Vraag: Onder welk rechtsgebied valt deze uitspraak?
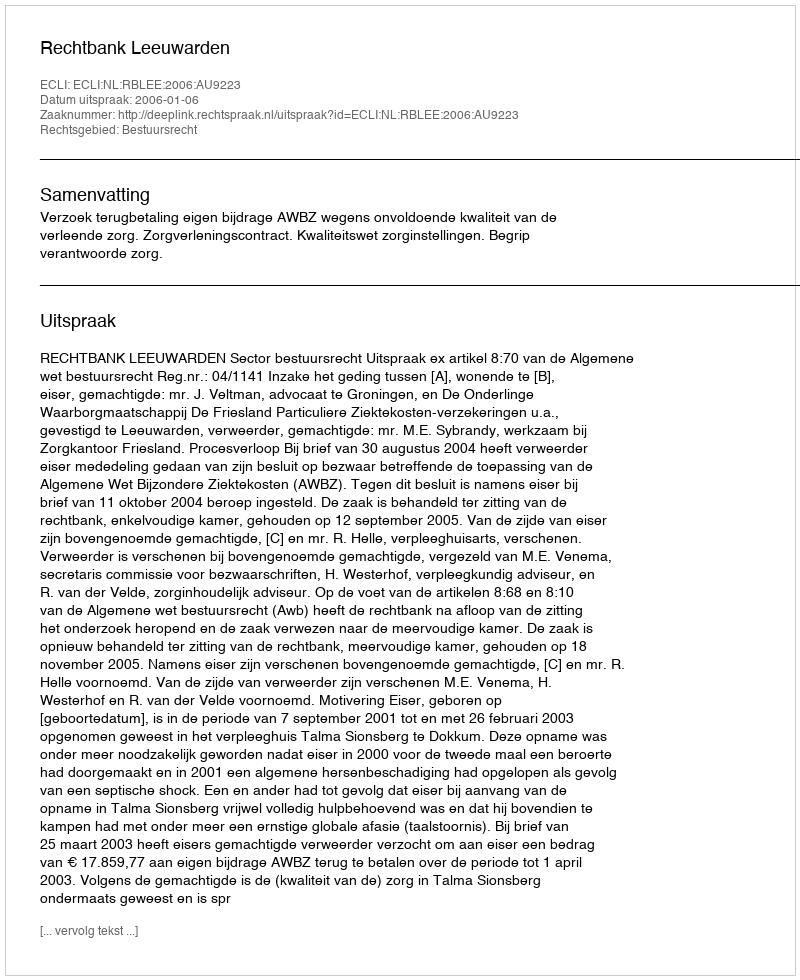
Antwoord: Bestuursrecht